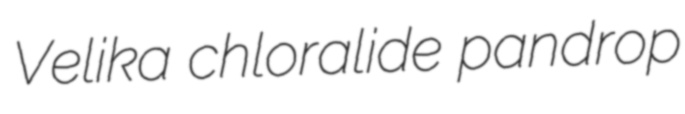
Velika chloralide pandrop